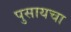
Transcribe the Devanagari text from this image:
पुसायचा